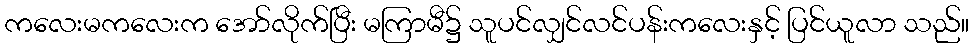
ကလေးမကလေးက အော်လိုက်ပြီး မကြာမီ၌ သူပင်လျှင်လင်ပန်းကလေးနှင့် ပြင်ယူလာ သည်။